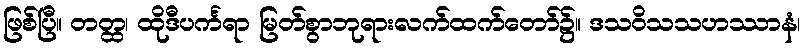
ဖြစ်ပြီ။ တတ္ထ၊ ထိုဒီပင်္ကရာ မြတ်စွာဘုရားလက်ထက်တော်၌။ ဒသဝိသသဟဿာနံ၊